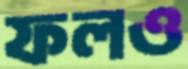
ফলও